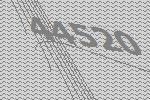
44520